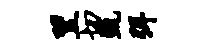
翌切甄弭